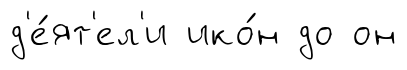
д'е́ят'ел'и ико́н до он